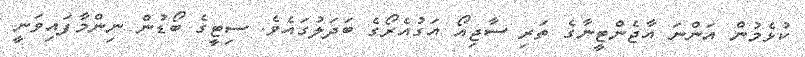
ކުޅެމުން އަންނަ އާޖެންޓީނާގެ ތަރި ސާޖިއޯ އަގުއެރޯގެ ބަދަލުގައެވެ. ސިޓީގެ ބޯޑުން ނިންމާފައިވަނީ